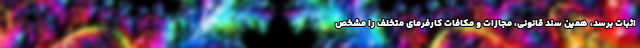
اثبات برسد، همین سند قانونی، مجازات و مکافاتِ کارفرمای متخلف را مشخص